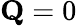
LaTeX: \mathbf Q=0